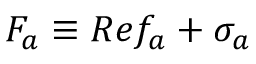
{ \cal F } _ { a } \equiv R e f _ { a } + \sigma _ { a }